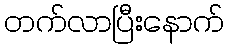
တက်လာပြီးနောက်